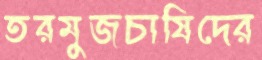
তরমুজচাষিদের